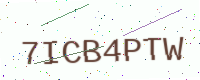
Text: 7ICB4PTW